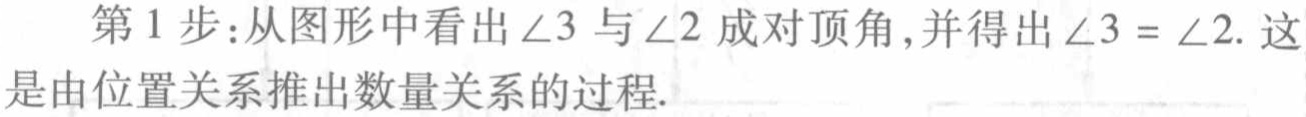
第1步：从图形中看出\(\angle3\)与\(\angle2\)成对顶角,并得出\(\angle3 = \angle2\). 这是由位置关系推出数量关系的过程.